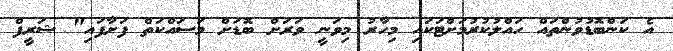
އެ ކަންބޮޑުވުންތައް ހައްލުކުރުމަށްޓަކައި މިހާރު މިވަނީ ވަރަށް ބޮޑަށް މަސައްކަތް ފަށާފައި" ޝަރީފް